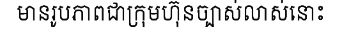
មានរូបភាពជាក្រុមហ៊ុនច្បាស់លាស់នោះ